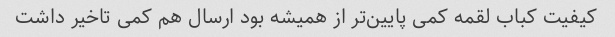
کیفیت کباب لقمه کمی پایین‌تر از همیشه بود ارسال هم کمی تاخیر داشت